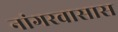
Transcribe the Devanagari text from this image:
नांगरवासास